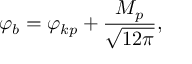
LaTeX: \varphi _ { b } = \varphi _ { k p } + \frac { M _ { p } } { \sqrt { 1 2 \pi } } ,